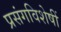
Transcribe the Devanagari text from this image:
प्रसंगविशेषीं